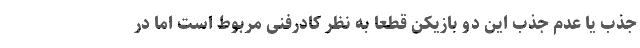
جذب یا عدم جذب این دو بازیکن قطعا به نظر کادرفنی مربوط است اما در